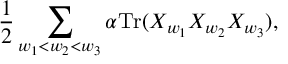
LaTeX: { \frac { 1 } { 2 } } \sum _ { w _ { 1 } < w _ { 2 } < w _ { 3 } } \alpha \mathrm { T r } ( X _ { w _ { 1 } } X _ { w _ { 2 } } X _ { w _ { 3 } } ) ,